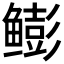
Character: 𫚩